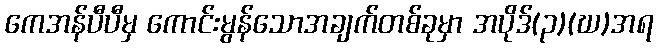
ကေအန်ပီပီမှ ကောင်းမွန်သောအချက်တစ်ခုမှာ အပိုဒ်(၃)(ဃ)အရ